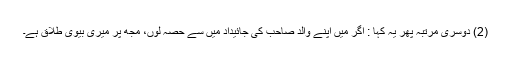
(2) دوسری مرتبہ پھر یہ کہا : اگر میں اپنے والد صاحب کی جائیداد میں سے حصہ لوں، مجھ پر میری بیوی طلاق ہے۔